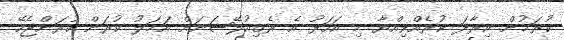
ކުރަމުން. އިރާދަ ކުރެއްވިއްޔާ މި އަހަރު އެ ރެގިއުލޭޝަނަށް އަމަލު ކުރަން ކުރަންޖެހޭ